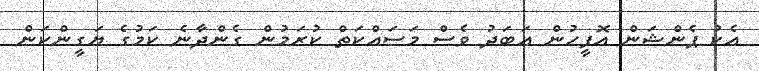
އެކު ޕެންޝަން އޮފީހުން އަބަދު ވެސް މަސައްކަތް ކުރަމުން ގެންދާނެ ކަމުގެ ޔަގީންކަން